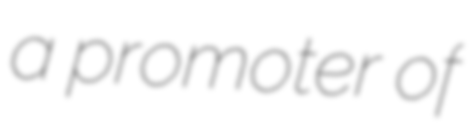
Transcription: a promoter of